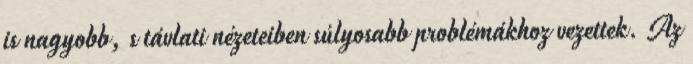
is nagyobb, s távlati nézeteiben súlyosabb problémákhoz vezettek. Az